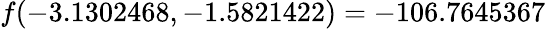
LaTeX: f(-3.1302468,-1.5821422)=-106.7645367